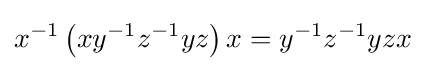
x^{-1}\left(xy^{-1}z^{-1}yz\right)x=y^{-1}z^{-1}yzx